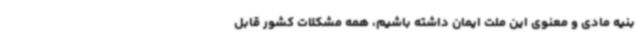
بنیه مادی و معنوی این ملت ایمان داشته باشیم، همه مشکلات کشور قابل